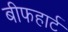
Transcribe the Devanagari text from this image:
बीफहार्ट